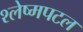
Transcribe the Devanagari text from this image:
श्लेष्मपटल